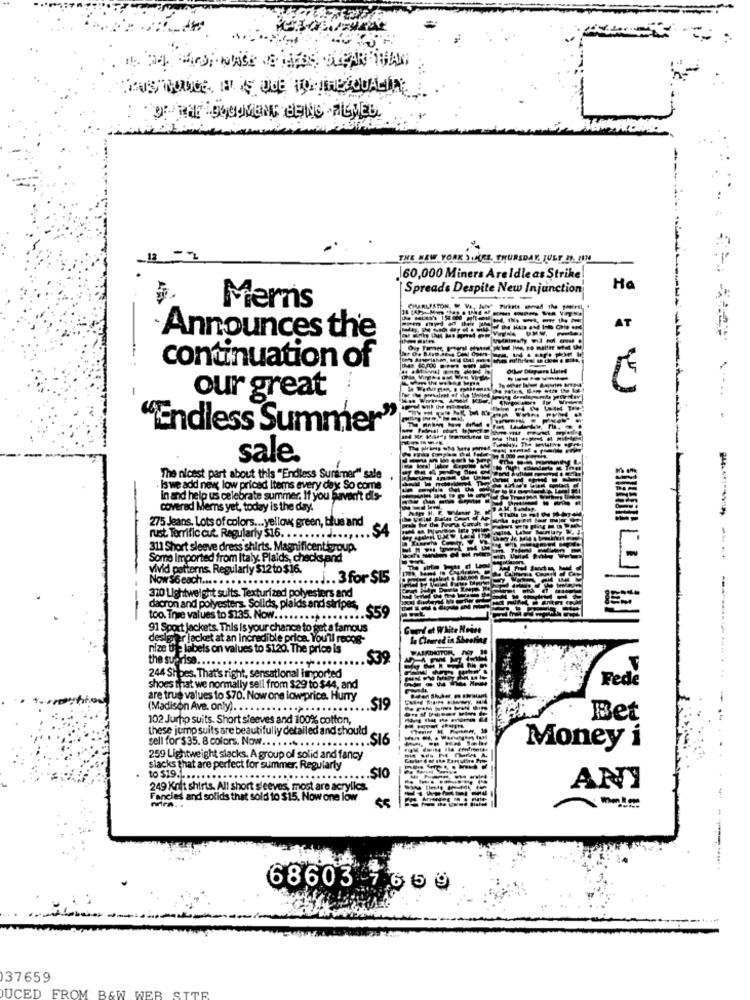
"OF-THE DOCUMENT BEING TILMED.
THE NEW YORK SHIRE, THURSDAY, JULY 21. FIN
160,000 Miners Areldle as Strike
Spreads Despite New Injunction
Ho
Merns
----
AT
Announces the
continuation of
-
our great
"Endless Summer"
sale.
The nicest part about this "Endless Suramer" sale
Is we add new low priced Items every day So come
in and help us celebrate summer. If you haven't dis-
covered Merns yet, today is the day."
275 Jeans, Lots of colors ... yellow, green, blue and
.SA
rust. Torrific cut. Regularly $16. ...... .......
311 Short sleeve dress shirts. Magnificent group.
Some Imported from Italy. Plaids, checks and
-----
vivid patterns. Regularly $12 to $16.
Now 56 cach .... . . .
.3 for $15
310 Lightweight sults. Texturized polyesters and
dacron and polyesters. Solids, plaids and stripes,
E
too. Tryse values to $135. Now ..................
91 Sport jackets. This Is your chance to get a famous
Guard et White Heise
designer jacket at an incredible price. You'll rocog-
la Cleared in Sheetin
nize UE labels on values to $120. The price is
the suprisa ...
244 Shoes. That's right, sensational imported
shoes that we normally sell from $29 to $44, and
are true values to $70. Now one low price. Hurry
(Madison Ave. only). . .
102 Jump suits. Short sleeves and 100% cotton,
Bet
these jump suits are beautifully detailed and should
sell for $35. 8 colors. Now ...........
Money i
259 Lightweight slacks. A group of solid and fancy
slacks that are perfect for summer. Regularly
to $19. ......
.....
249 Kolt shirts. All short sleeves, most are acrylics.
ANY
Fancies and solids that sold to $15. Now one low
---------
68603 7669
37659
DUCED FROM B&W WEB SITE